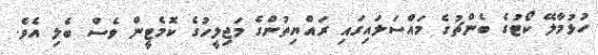
ހުޅުމާލޭ ކޯޓުގެ ބެންޗުގެ މައްސަލައިގައި ރައްޔިތުންގެ މަޖިލީހުގެ ކޮމެޓީން ވެސް ބެލި އެވެ.